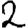
Digit: 2